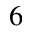
^ 6